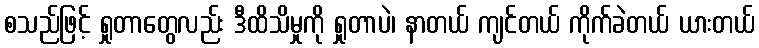
စသည်ဖြင့် ရှုတာတွေလည်း ဒီထိသိမှုကို ရှုတာပဲ၊ နာတယ် ကျင်တယ် ကိုက်ခဲတယ် ယားတယ်